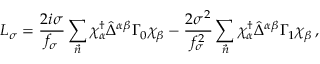
{ \cal L } _ { \sigma } = \frac { 2 i \sigma } { f _ { \sigma } } \sum _ { \vec { n } } \chi _ { \alpha } ^ { \dagger } \hat { \Delta } ^ { \alpha \beta } \Gamma _ { 0 } \chi _ { \beta } - \frac { 2 \sigma ^ { 2 } } { f _ { \sigma } ^ { 2 } } \sum _ { \vec { n } } \chi _ { \alpha } ^ { \dagger } \hat { \Delta } ^ { \alpha \beta } \Gamma _ { 1 } \chi _ { \beta } \, ,